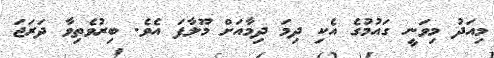
މިއަދު މިވަނީ ގައުމުގެ އެކި ދިމަ ދިމާއަށް މޫލާފަ އެވެ. ބިރުވެތިވާ ދަރަޖަ